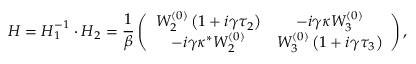
\boldsymbol { H } = \boldsymbol { H } _ { 1 } ^ { - 1 } \cdot \boldsymbol { H } _ { 2 } = \frac { 1 } { \beta } \left( \begin{array} { c c } { W _ { 2 } ^ { ( 0 ) } \left( 1 + i \gamma \tau _ { 2 } \right) } & { - i \gamma \kappa W _ { 3 } ^ { ( 0 ) } } \\ { - i \gamma \kappa ^ { * } W _ { 2 } ^ { ( 0 ) } } & { W _ { 3 } ^ { ( 0 ) } \left( 1 + i \gamma \tau _ { 3 } \right) } \end{array} \right) ,